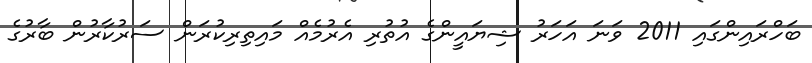
ބަހްރައިންގައި 2011 ވަނަ އަހަރު ޝިޔައީންގެ އުތުރި އެރުމެއް މައިތިރިކުރަން ސަރުކާރުން ބާރުގެ